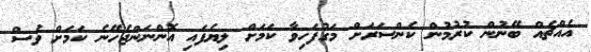
އެއްޗެއް ބޭނުން ކުރުމުން ކެންސަރަށް މަގުފަހިވާ ކަމަށް ލިޔެފައި އޮންނަންޖެހޭނެ ކަމަށް ވެސް